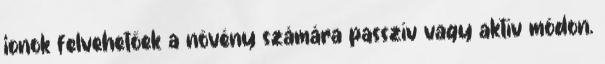
ionok felvehetőek a növény számára passzív vagy aktív módon.